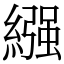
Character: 繦